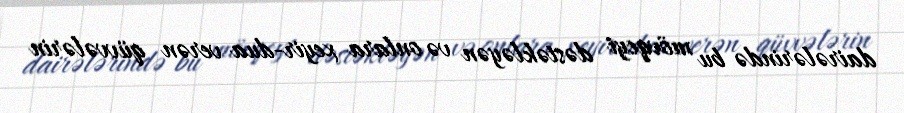
dairələrində bu mövqeyi dəstəkləyən və onlara xeyir-dua verən qüvvələrin